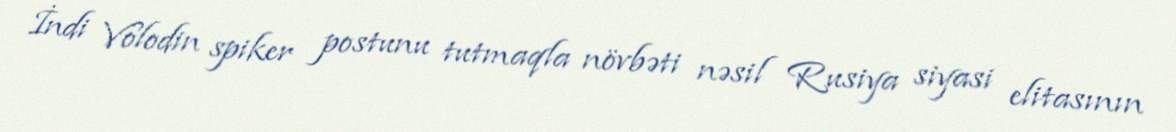
İndi Volodin spiker postunu tutmaqla növbəti nəsil Rusiya siyasi elitasının